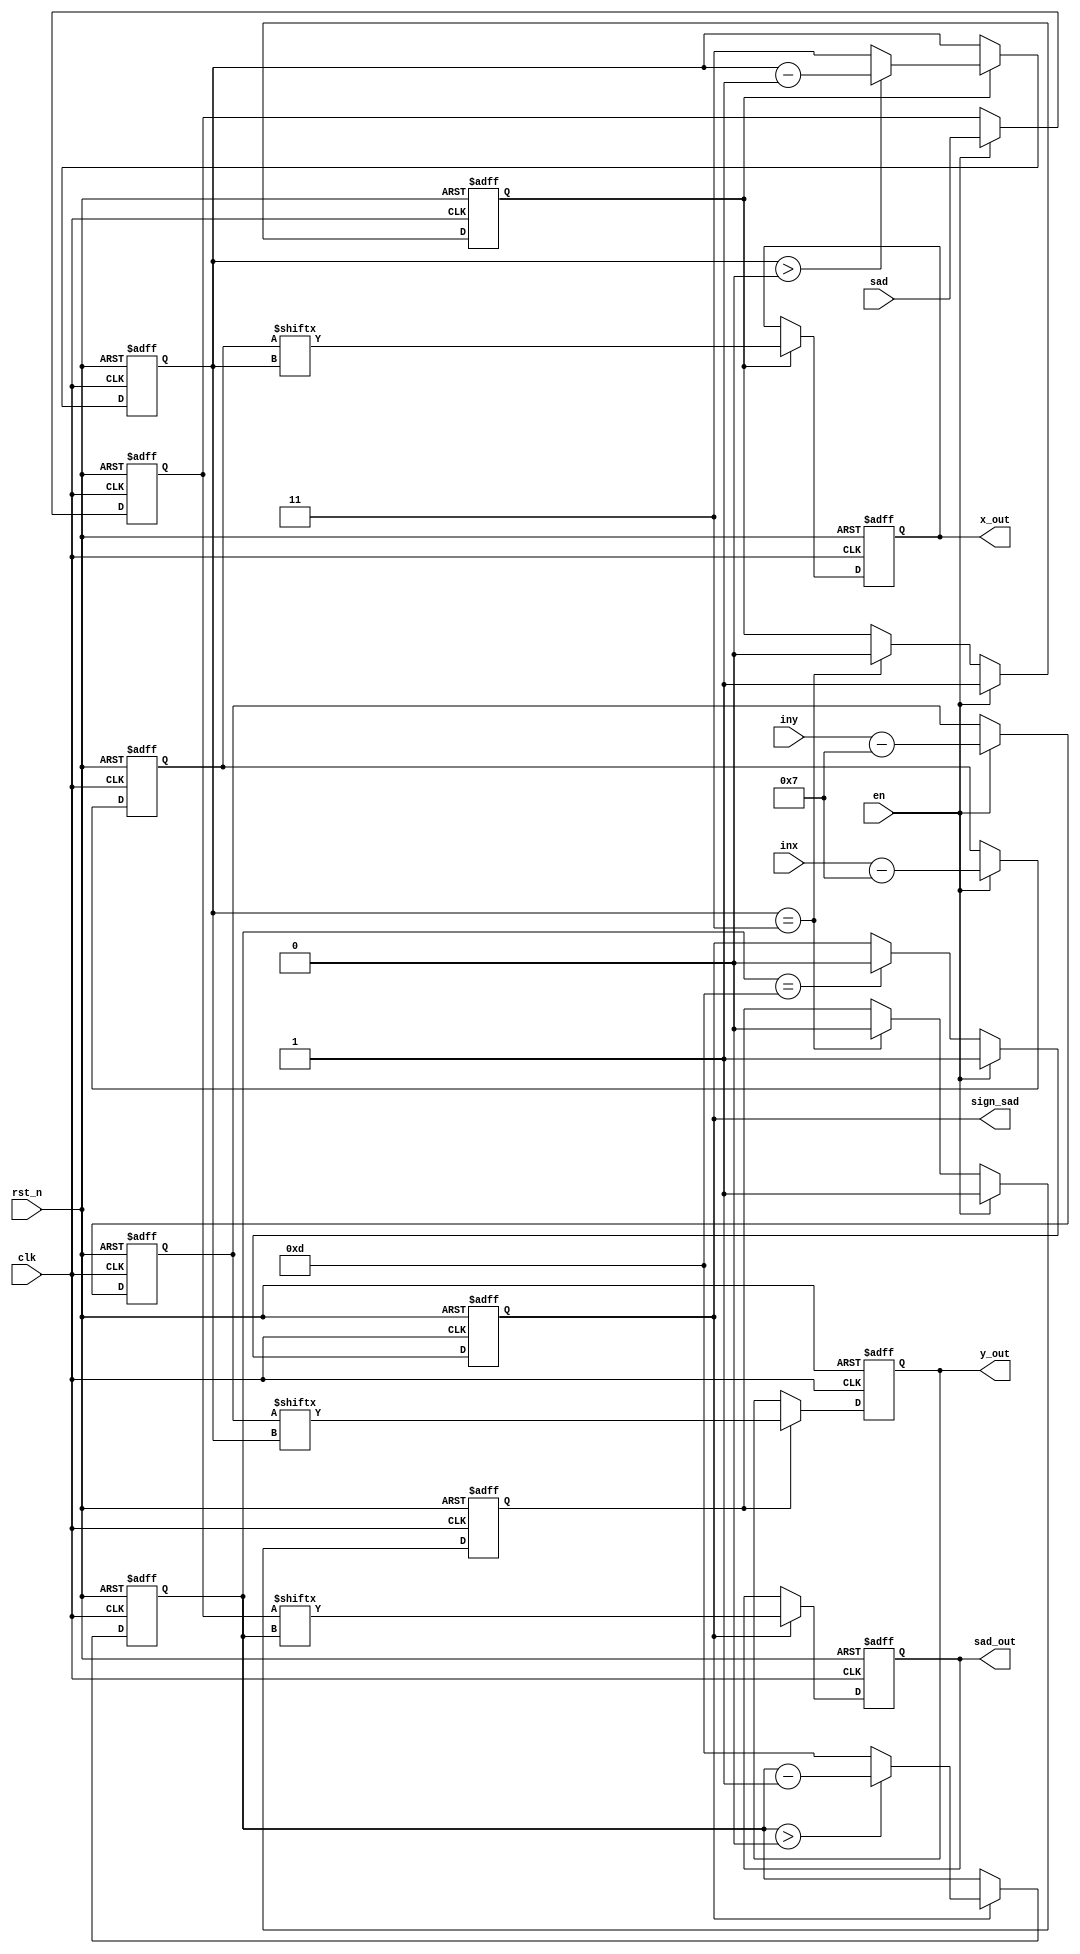
`timescale 1ns/1ps
module result(sad,inx,iny,en,rst_n,clk,sad_out,x_out,y_out,sign_sad);
input [13:0]sad;
input rst_n;
input signed [3:0]inx;
input signed [3:0]iny;
input clk;
input en;
output sad_out;
output x_out;
output y_out;
output sign_sad;
reg [13:0]buf_sad;
reg signed [3:0]buf_x,buf_y;
reg sign_sad,sign_y,sign_x;
reg [3:0]count_bf_sad;
reg [1:0]count_bf_xy;
reg sad_reg,x_reg,y_reg;

////////////////////OUTPUT//////////////////////////

assign sad_out = sad_reg;
assign x_out = x_reg;
assign y_out = y_reg;

////////////////////INPUT//////////////////////////

always @(posedge clk or negedge rst_n) begin//buf_y
    if(!rst_n)begin
        buf_y <= 0;
    end
    else begin
        if(en) begin
            buf_y <= iny-7;
        end
        else begin
            buf_y <= buf_y;
        end
    end
end

always @(posedge clk or negedge rst_n) begin//buf_sad
    if(!rst_n)begin
        buf_sad <= 0;
    end
    else begin
        if(en) begin
            buf_sad <= sad;
        end
        else begin
            buf_sad <= buf_sad;
        end
    end
end
always @(posedge clk or negedge rst_n) begin//buf_x
    if(!rst_n)begin
        buf_x <= 0;
    end
    else begin
        if(en) begin
            buf_x <= inx-7;
        end
        else begin
            buf_x <= buf_x;
        end
    end
end

////////////////////OUTPUT BUFFER//////////////////////////

always @(posedge clk or negedge rst_n) begin//sad_reg
    if(!rst_n)begin
        sad_reg <= 0;
    end
    else begin
        if(sign_sad) begin
            sad_reg <= buf_sad[count_bf_sad];
        end
        else begin
            sad_reg <= sad_reg;
        end
    end
end

always @(posedge clk or negedge rst_n) begin//x_reg
    if(!rst_n)begin
        x_reg <= 0;
    end
    else begin
        if(sign_x) begin
            x_reg <= buf_x[count_bf_xy];
        end
        else begin
            x_reg <= x_reg;
        end
    end
end

always @(posedge clk or negedge rst_n) begin//y_reg
    if(!rst_n)begin
        y_reg <= 0;
    end
    else begin
        if(sign_y) begin
            y_reg <= buf_y[count_bf_xy];
        end
        else begin
            y_reg <= y_reg;
        end
    end
end

////////////////////COUNTER//////////////////////////

always@(posedge clk or negedge rst_n) begin//count_bf_sad
    if(!rst_n) begin
        count_bf_sad <= 4'd12;
    end
    else begin
        if(sign_sad) begin
            if(count_bf_sad>0) count_bf_sad <= count_bf_sad - 1;
            else count_bf_sad <= 4'd13; 
        end
        else begin
            count_bf_sad <= count_bf_sad;
        end
    end
end

always@(posedge clk or negedge rst_n) begin//count_bf_xy
    if(!rst_n) begin
        count_bf_xy <= 2'd2;
    end 
    else begin
        if(sign_x) begin
            if(count_bf_xy>0) count_bf_xy <= count_bf_xy - 1;
            else count_bf_xy <= 2'd3;
        end
        else begin
            count_bf_xy <= count_bf_xy;
        end
    end
end

////////////////////SIGN UPDATE//////////////////////////

always @(posedge clk or negedge rst_n) begin//sign_sad
    if(!rst_n) sign_sad <= 0;
    else if(en) sign_sad <= 1;
    else if(count_bf_sad == 4'd13) sign_sad <= 0;
    else sign_sad <= sign_sad;
end

always @(posedge clk or negedge rst_n) begin//sign_sad
    if(!rst_n) sign_x <= 0;
    else if(en) sign_x <= 1;
    else if(count_bf_xy == 2'd3) sign_x <= 0;
    else sign_x <= sign_x;
end

always @(posedge clk or negedge rst_n) begin//sign_sad
    if(!rst_n) sign_y <= 0;
    else if(en) sign_y <= 1;
    else if(count_bf_xy == 2'd3) sign_y <= 0;
    else sign_y <= sign_y;
end

endmodule